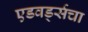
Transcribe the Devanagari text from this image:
एडवर्ड्सचा